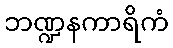
ဘဏ္ဍနကာရိကံ